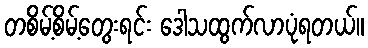
တစိမ့်စိမ့်တွေးရင်း ဒေါသထွက်လာပုံရတယ်။